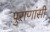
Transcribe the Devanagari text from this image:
पुराणांसी